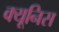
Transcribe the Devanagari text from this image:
क्यूनिस